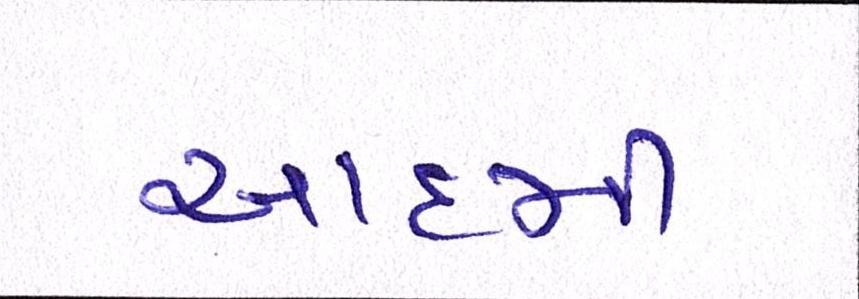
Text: આદમી